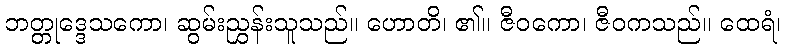
ဘတ္တုဒ္ဒေသကော၊ ဆွမ်းညွှန်းသူသည်။ ဟောတိ၊ ၏။ ဇီဝကော၊ ဇီဝကသည်။ ထေရံ၊